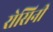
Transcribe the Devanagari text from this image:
रोसिनी